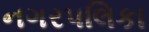
નગરપલિકા